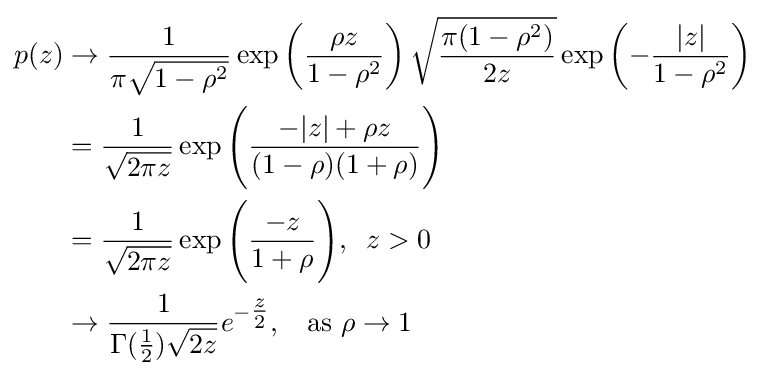
{\begin{aligned}p(z)&\rightarrow {\frac {1}{\pi {\sqrt {1-\rho ^{2}}}}}\exp \left({\frac {\rho z}{1-\rho ^{2}}}\right){\sqrt {\frac {\pi (1-\rho ^{2})}{2z}}}\exp \left(-{\frac {|z|}{1-\rho ^{2}}}\right)\\&={\frac {1}{\sqrt {2\pi z}}}\exp {\Bigg (}{\frac {-|z|+\rho z}{(1-\rho )(1+\rho )}}{\Bigg )}\\&={\frac {1}{\sqrt {2\pi z}}}\exp {\Bigg (}{\frac {-z}{1+\rho }}{\Bigg )},\;\;z>0\\&\rightarrow {\frac {1}{\Gamma ({\tfrac {1}{2}}){\sqrt {2z}}}}e^{-{\tfrac {z}{2}}},\;\;{\text{ as }}\rho \rightarrow 1\\\end{aligned}}